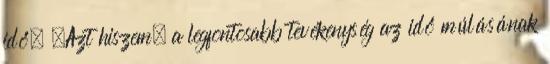
idő. „Azt hiszem, a legfontosabb tevékenység az idő múlásának